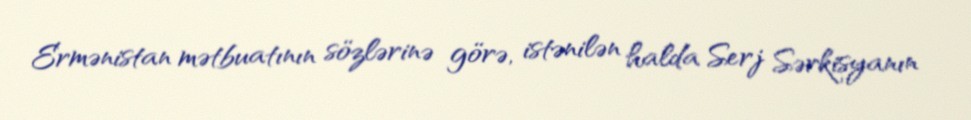
Ermənistan mətbuatının sözlərinə görə, istənilən halda Serj Sərkisyanın